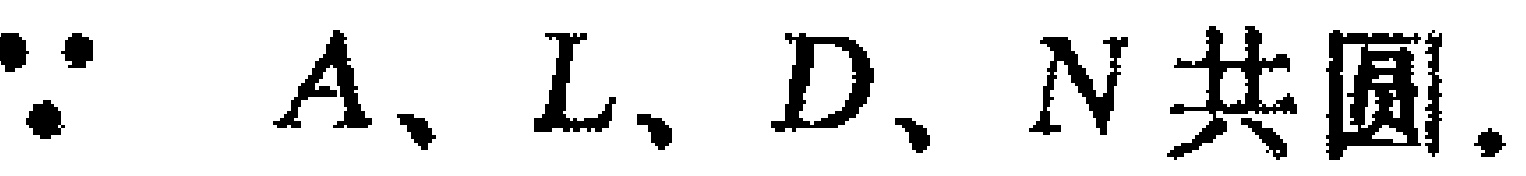
$\because A、L、D、N共圆.$